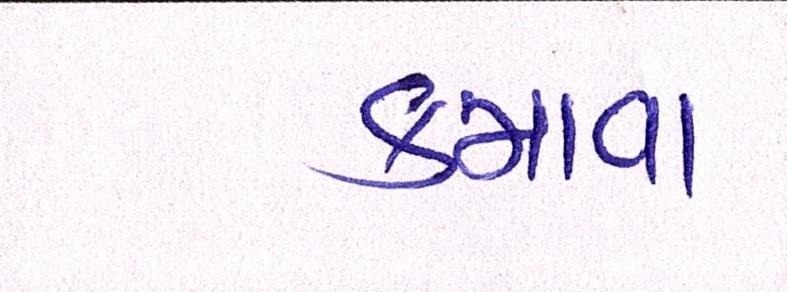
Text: કમાવા